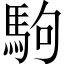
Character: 駒